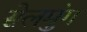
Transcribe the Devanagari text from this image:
सेलमुंग